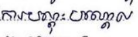
ការបណ្តុះបណ្តាល